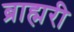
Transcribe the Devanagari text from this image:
ब्राह्मरी